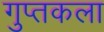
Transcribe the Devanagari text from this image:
गुप्तकला